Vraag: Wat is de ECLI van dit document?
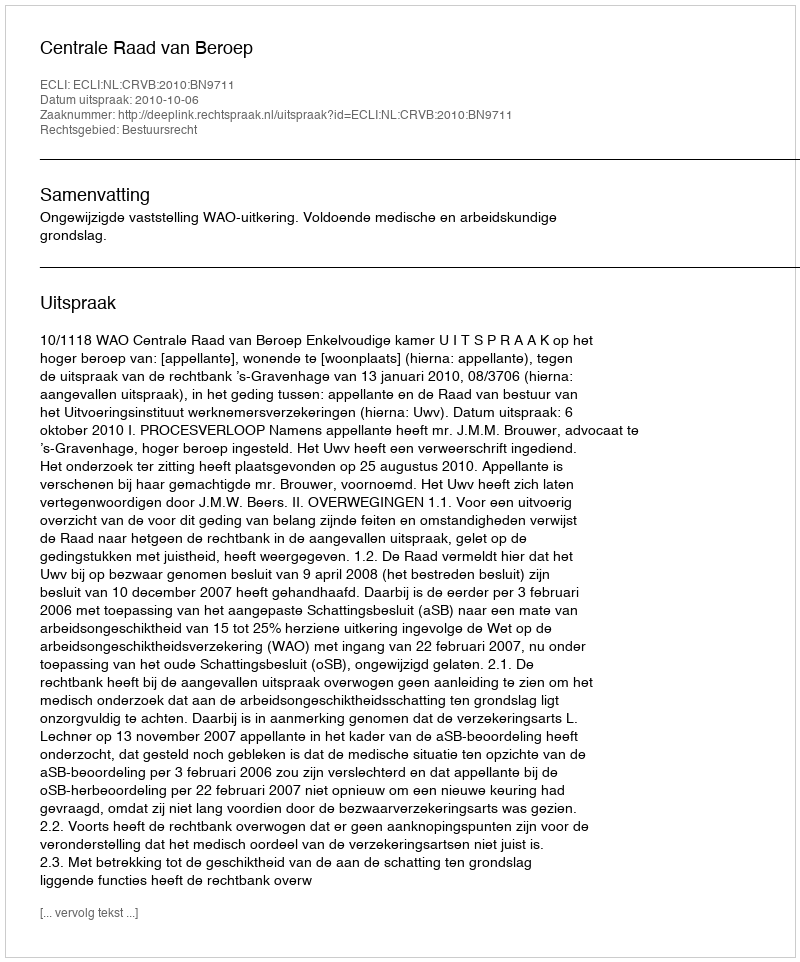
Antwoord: ECLI:NL:CRVB:2010:BN9711